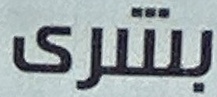
بشرى